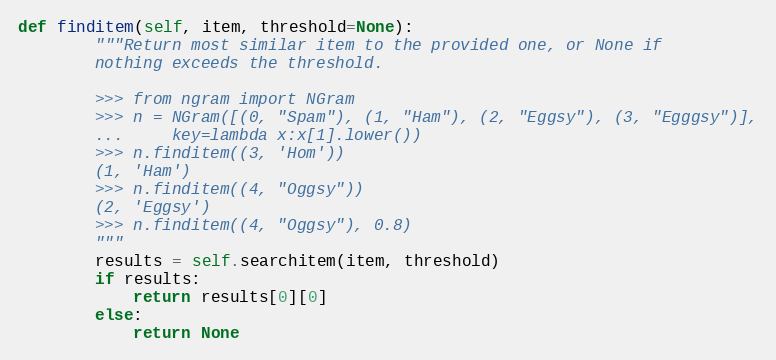
Language: Python
def finditem(self, item, threshold=None):
        """Return most similar item to the provided one, or None if
        nothing exceeds the threshold.

        >>> from ngram import NGram
        >>> n = NGram([(0, "Spam"), (1, "Ham"), (2, "Eggsy"), (3, "Egggsy")],
        ...     key=lambda x:x[1].lower())
        >>> n.finditem((3, 'Hom'))
        (1, 'Ham')
        >>> n.finditem((4, "Oggsy"))
        (2, 'Eggsy')
        >>> n.finditem((4, "Oggsy"), 0.8)
        """
        results = self.searchitem(item, threshold)
        if results:
            return results[0][0]
        else:
            return None